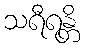
သရီရန္တိ